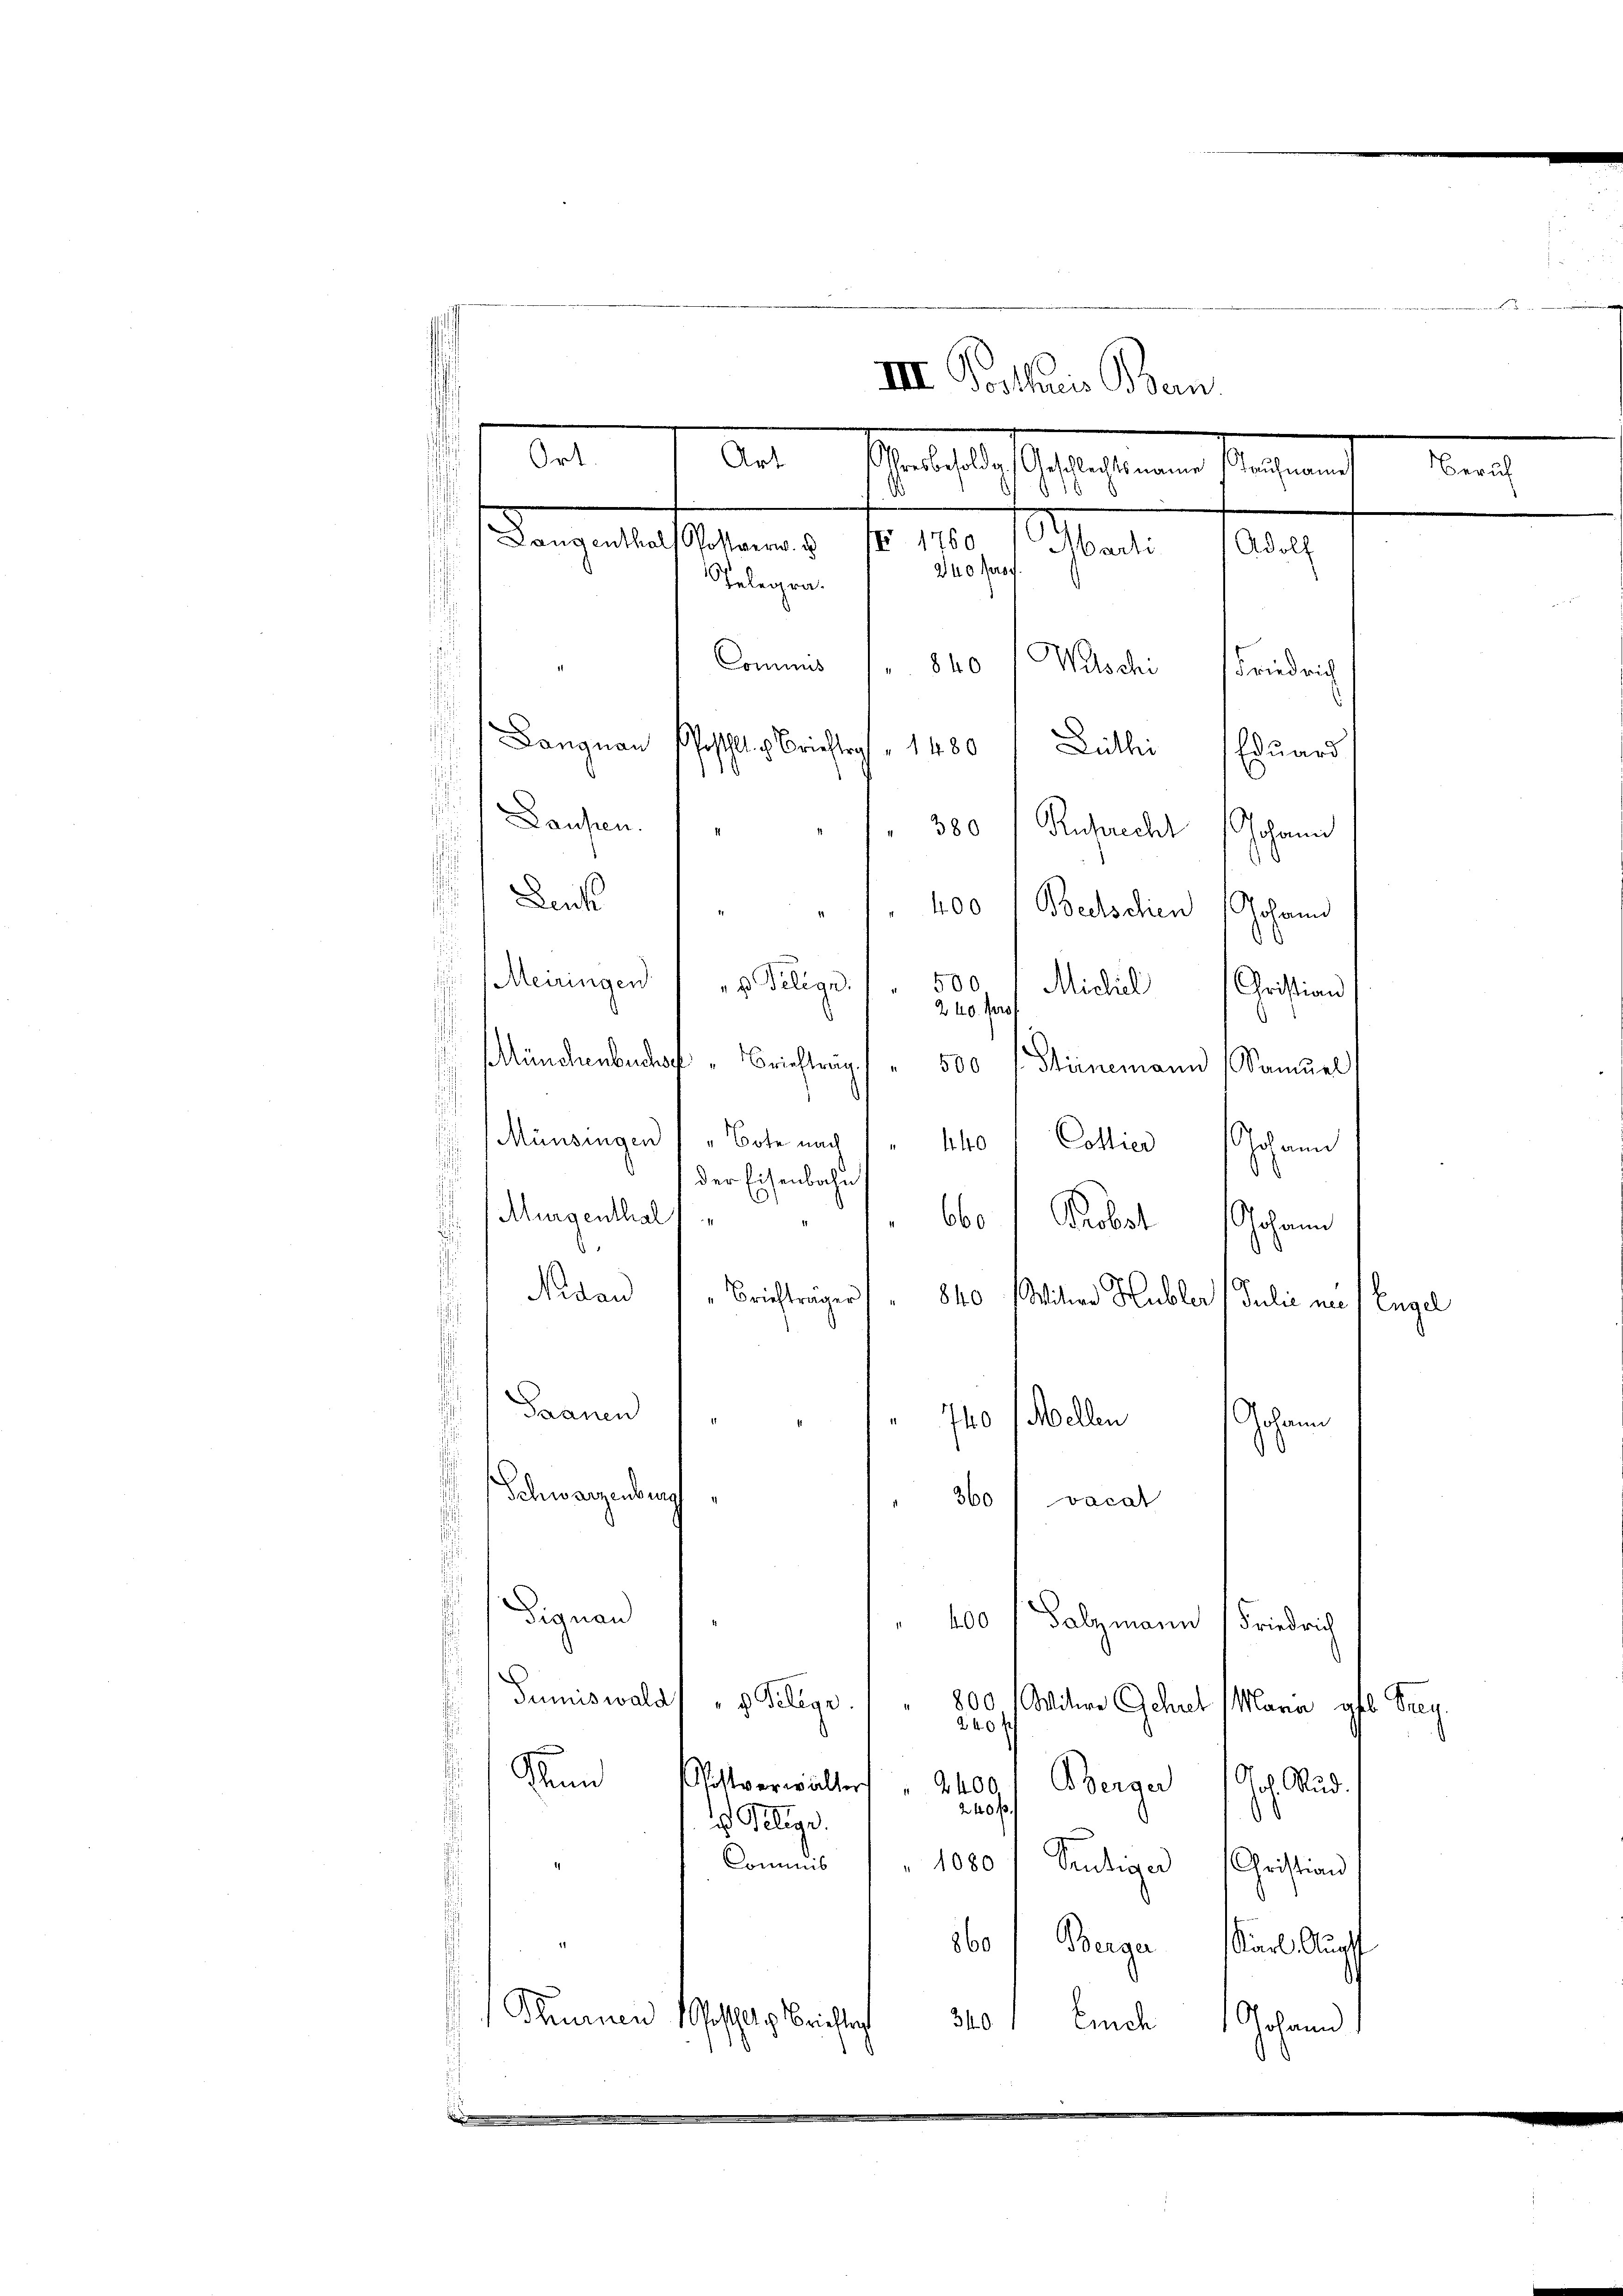
.
III. Posthuis Bern.
Art
Manifestgesehenen Gegenh
.
angsentlasserung No. 1810. Personal
Adoll
Telegra¬
Witsche
Commis / 840
Friedrich
Langnau
Pestalt. Berichtrag
1480 Zuthi Eduard
1
Laufen. 1
" 380 / Ruprecht Johann

Leuk
28.
400 Beetschien (Johann
Meningen
500.
 Filian
Michil Christian
240. Fros
d
)
Münchenbuchs " Brieftrag
500
Stirnemann Samuel
Münsingen Bote nach
440 " Collier Johann
der Eisenbahn
Murgenthal 1
60.) Köbel Johann
.
s
Nidau
Briefträger
840
Wiliar Hubler Julii nic
Engel
Grauen
11
Mellen
740
ohann
Schwarzenburg
360
vocat
Dignan
4001 Salzmann (Friedrich
Sumiswald) " Gelege
800
Mitwe Gehret (Mara geb. Frey.
240
Zum Postverwalter
Berger Joh. Rud
2400.
240 f.
 Relige.
Commis
1080
Seutiger Christian
860, Berge Karl Ausf
Tunnen Geschles Berichte
340.
Eurch Gohann

Ort.

Zürich